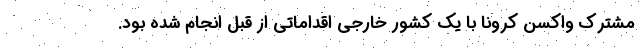
مشترک واکسن کرونا با یک کشور خارجی اقداماتی از قبل انجام شده بود.